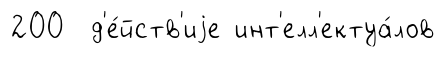
200 д'е́йств'иjе инт'елл'ектуа́лов